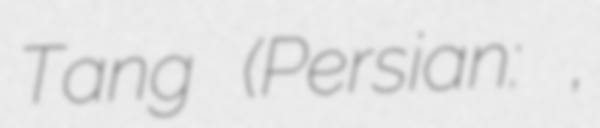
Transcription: Tang (Persian: پاتنگ,